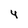
Character: 4